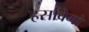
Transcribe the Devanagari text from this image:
हर्सावेगो